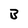
Character: B